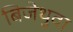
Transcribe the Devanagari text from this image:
बिजेथुवा